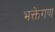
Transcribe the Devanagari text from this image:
भक्तेगण